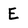
Character: E